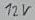
Text: 12V